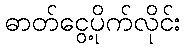
ဓာတ်ငွေ့ပိုက်လိုင်း